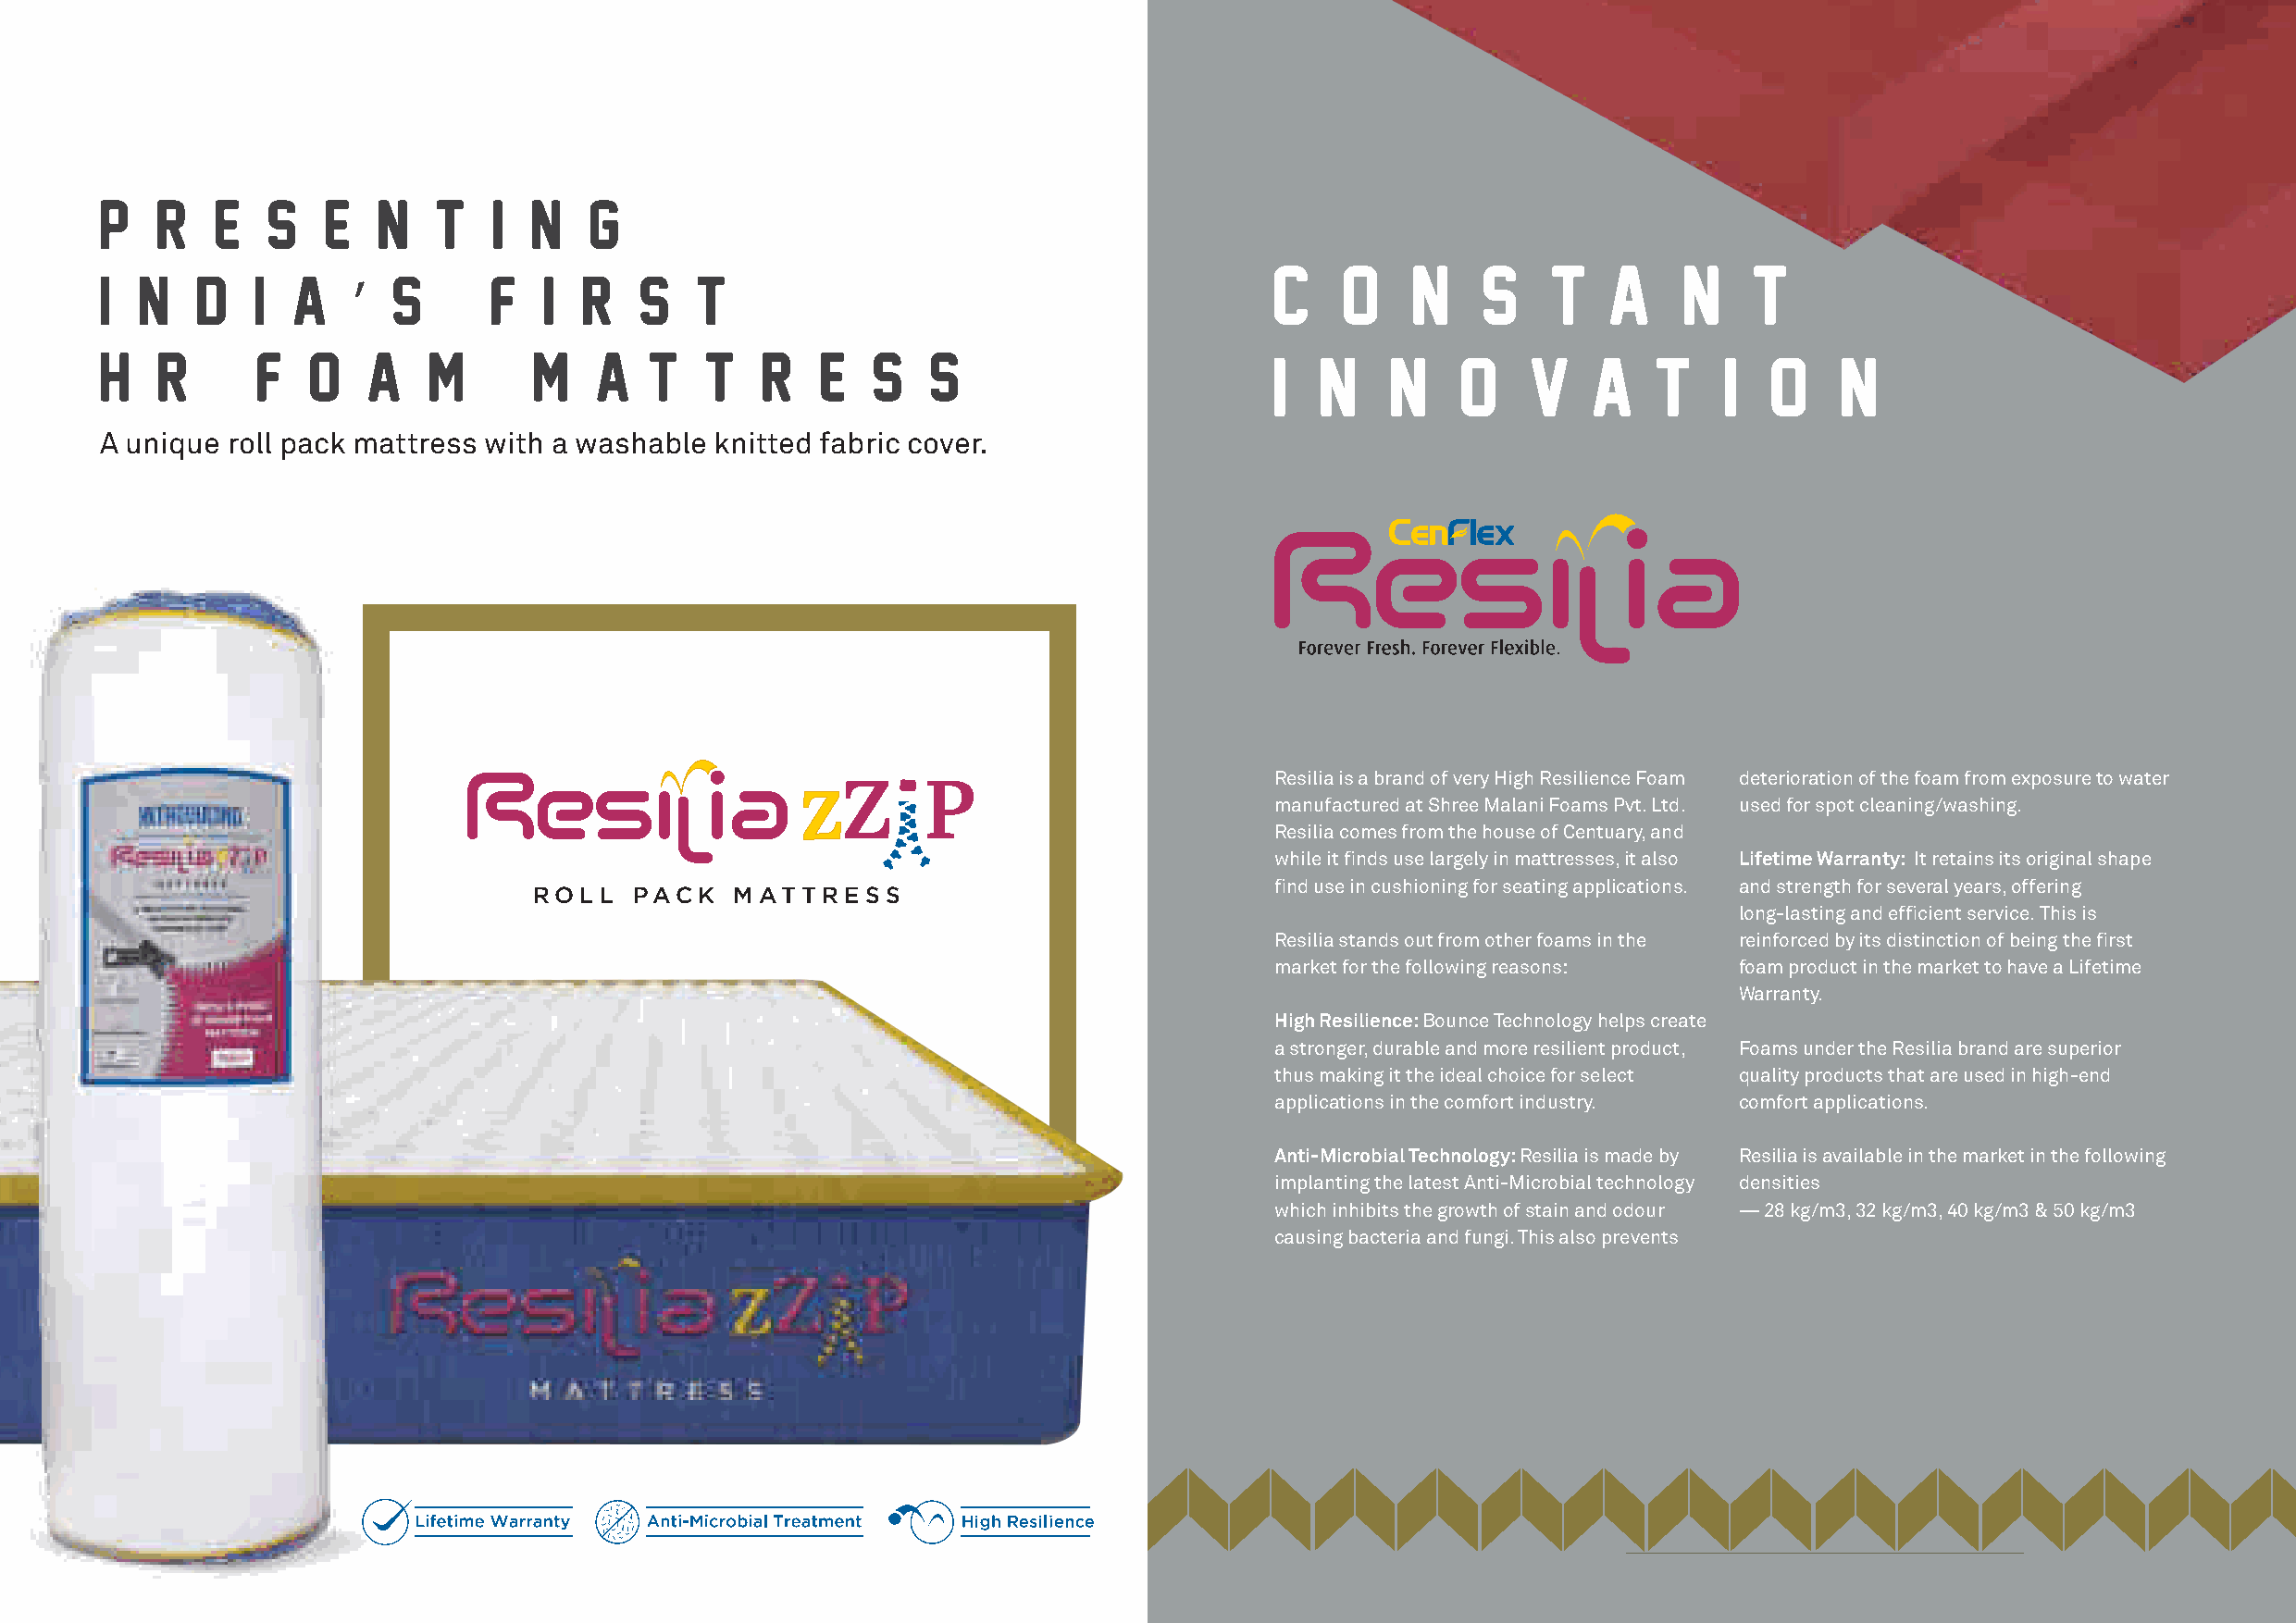
P   r   e   s   e   n   t   i  n   g
 C    O    N    S    T   A    N    T
 I  n   d   i  a   ’  s      f   i  r   s   t
 H   R      F   o   a    m      M    a  t   t   r    e  s   s   !                    I  N    N    O    V    A   T    I   O    N
 A unique roll pack mattress with a washable knitted fabric cover.
 Resilia is a brand of very High Resilience Foam deterioration of the foam from exposure to water
 manufactured at Shree Malani Foams Pvt. Ltd. used for spot cleaning/washing.
 Resilia comes from the house of Centuary, and
 while it finds use largely in mattresses, it also Lifetime Warranty: It retains its original shape
 find use in cushioning for seating applications. and strength for several years, offering
 ROLL   PACK   MATTRESS
 long-lasting and efficient service. This is
 Resilia stands out from other foams in the reinforced by its distinction of being the first
 market for the following reasons: foam product in the market to have a Lifetime
 Warranty.
 High Resilience: Bounce Technology helps create
 a stronger, durable and more resilient product, Foams under the Resilia brand are superior
 thus making it the ideal choice for select quality products that are used in high-end
 applications in the comfort industry. comfort applications.
 Anti-Microbial Technology: Resilia is made by Resilia is available in the market in the following
 implanting the latest Anti-Microbial technology densities
 which inhibits the growth of stain and odour — 28 kg/m3, 32 kg/m3, 40 kg/m3 & 50 kg/m3
 causing bacteria and fungi. This also prevents
 d n fi resses, it also
 cient service.
 e first Foam
 tt
 ffi
 h
 e largely in ma
 -lasting and e
 tion of being t
 s
 g
 c
 u
 n
 n
 nds
 g lo
 disti
 e it fi
 fferin
 y its
 whil
 rs, o
 ed b
 d
 ea
 rc
 n
 y
 o
 y, a
 ral
 einf
 Centuar
 for seve
 This is r